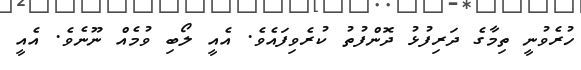
ހުރެވުނީ ތިމާގެ ދަރިފުޅު ދޮންފުތު ކުރެވިފައެވެ. އެއީ ލޯބި ވުމެއް ނޫނެވެ. އެއީ